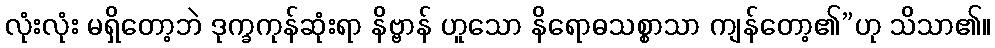
လုံးလုံး မရှိတော့ဘဲ ဒုက္ခကုန်ဆုံးရာ နိဗ္ဗာန် ဟူသော နိရောဓသစ္စာသာ ကျန်တော့၏”ဟု သိသာ၏။